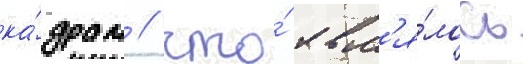
ка́драм / что́ явл'я́лось